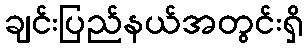
ချင်းပြည်နယ်အတွင်းရှိ